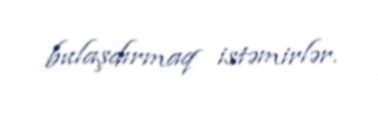
bulaşdırmaq istəmirlər.